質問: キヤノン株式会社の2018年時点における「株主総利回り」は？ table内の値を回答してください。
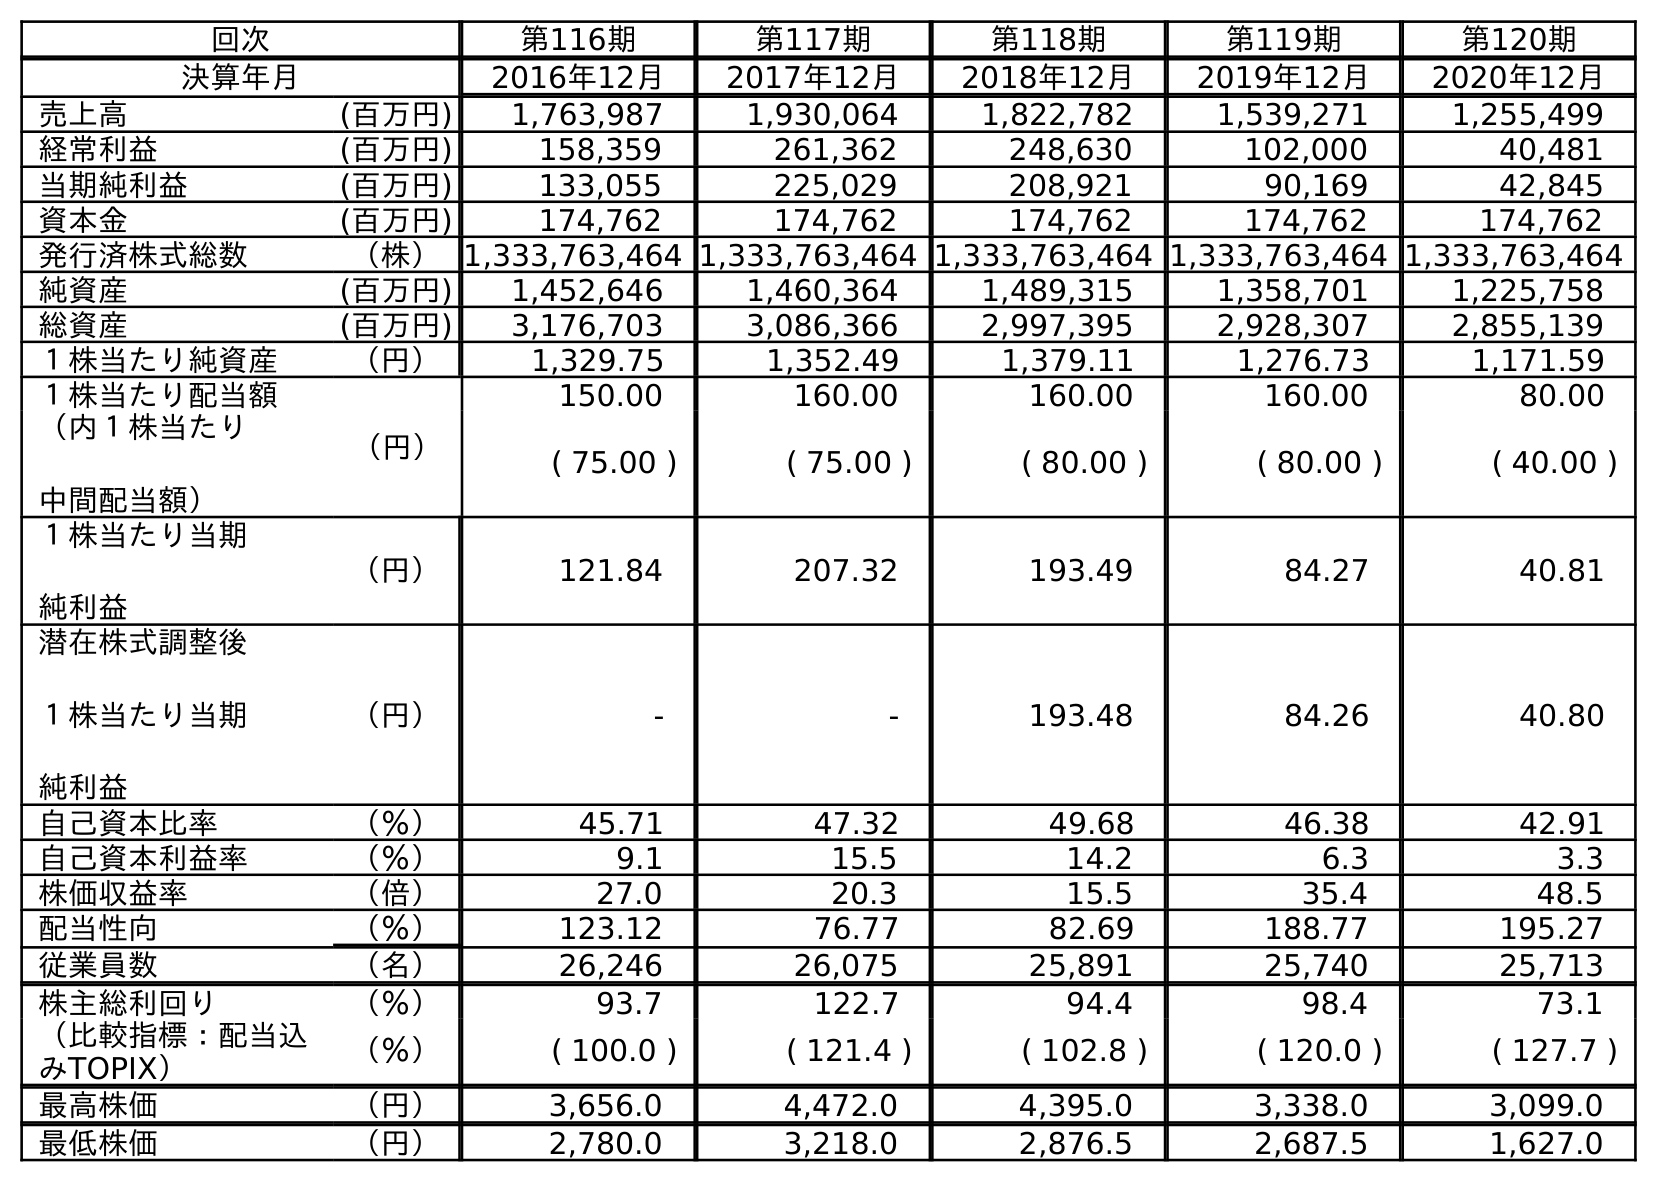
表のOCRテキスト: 回次 第116期 第117期 第118期 第119期 第120期 決算年月 2016年12月 2017年12月 2018年12月 2019年12月 2020年12月 売上高 (百万円) 1,763,987 1,930,064 1,822,782 1,539,271 1,255,499 経常利益 (百万円) 158,359 261,362 248,630 102,000 40,481 当期純利益 (百万円) 133,055 225,029 208,921 90,169 42,845 資本金 (百万円) 174,762 174,762 174,762 174,762 174,762 発行済株式総数 （株）1,333,763,464 1,333,763,464 1,333,763,464 1,333,763,464 1,333,763,464 純資産 (百万円) 1,452,646 1,460,364 1,489,315 1,358,701 1,225,758 総資産 (百万円) 3,176,703 3,086,366 2,997,395 2,928,307 2,855,139 １株当たり純資産 （円） 1,329.75 1,352.49 1,379.11 1,276.73 1,171.59 １株当たり配当額 （円） 150.00 160.00 160.00 160.00 80.00 （内１株当たり 中間配当額） ( 75.00 ) ( 75.00 ) ( 80.00 ) ( 80.00 ) ( 40.00 ) １株当たり当期 純利益 （円） 121.84 207.32 193.49 84.27 40.81 潜在株式調整後 １株当たり当期 純利益 （円） - - 193.48 84.26 40.80 自己資本比率 （％） 45.71 47.32 49.68 46.38 42.91 自己資本利益率 （％） 9.1 15.5 14.2 6.3 3.3 株価収益率 （倍） 27.0 20.3 15.5 35.4 48.5 配当性向 （％） 123.12 76.77 82.69 188.77 195.27 従業員数 （名） 26,246 26,075 25,891 25,740 25,713 株主総利回り （％） 93.7 122.7 94.4 98.4 73.1 （比較指標：配当込 みTOPIX） （％） ( 100.0 ) ( 121.4 ) ( 102.8 ) ( 120.0 ) ( 127.7 ) 最高株価 （円） 3,656.0 4,472.0 4,395.0 3,338.0 3,099.0 最低株価 （円） 2,780.0 3,218.0 2,876.5 2,687.5 1,627.0
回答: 94.4